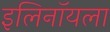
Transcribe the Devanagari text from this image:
इलिनॉयला